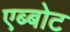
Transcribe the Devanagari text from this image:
एब्बोट